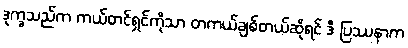
ဒုက္ခသည်က ကယ်တင်ရှင်ကိုသာ တကယ်ချစ်တယ်ဆိုရင် ဒီ ပြဿနာက